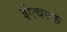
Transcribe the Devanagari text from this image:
ईएचएफ